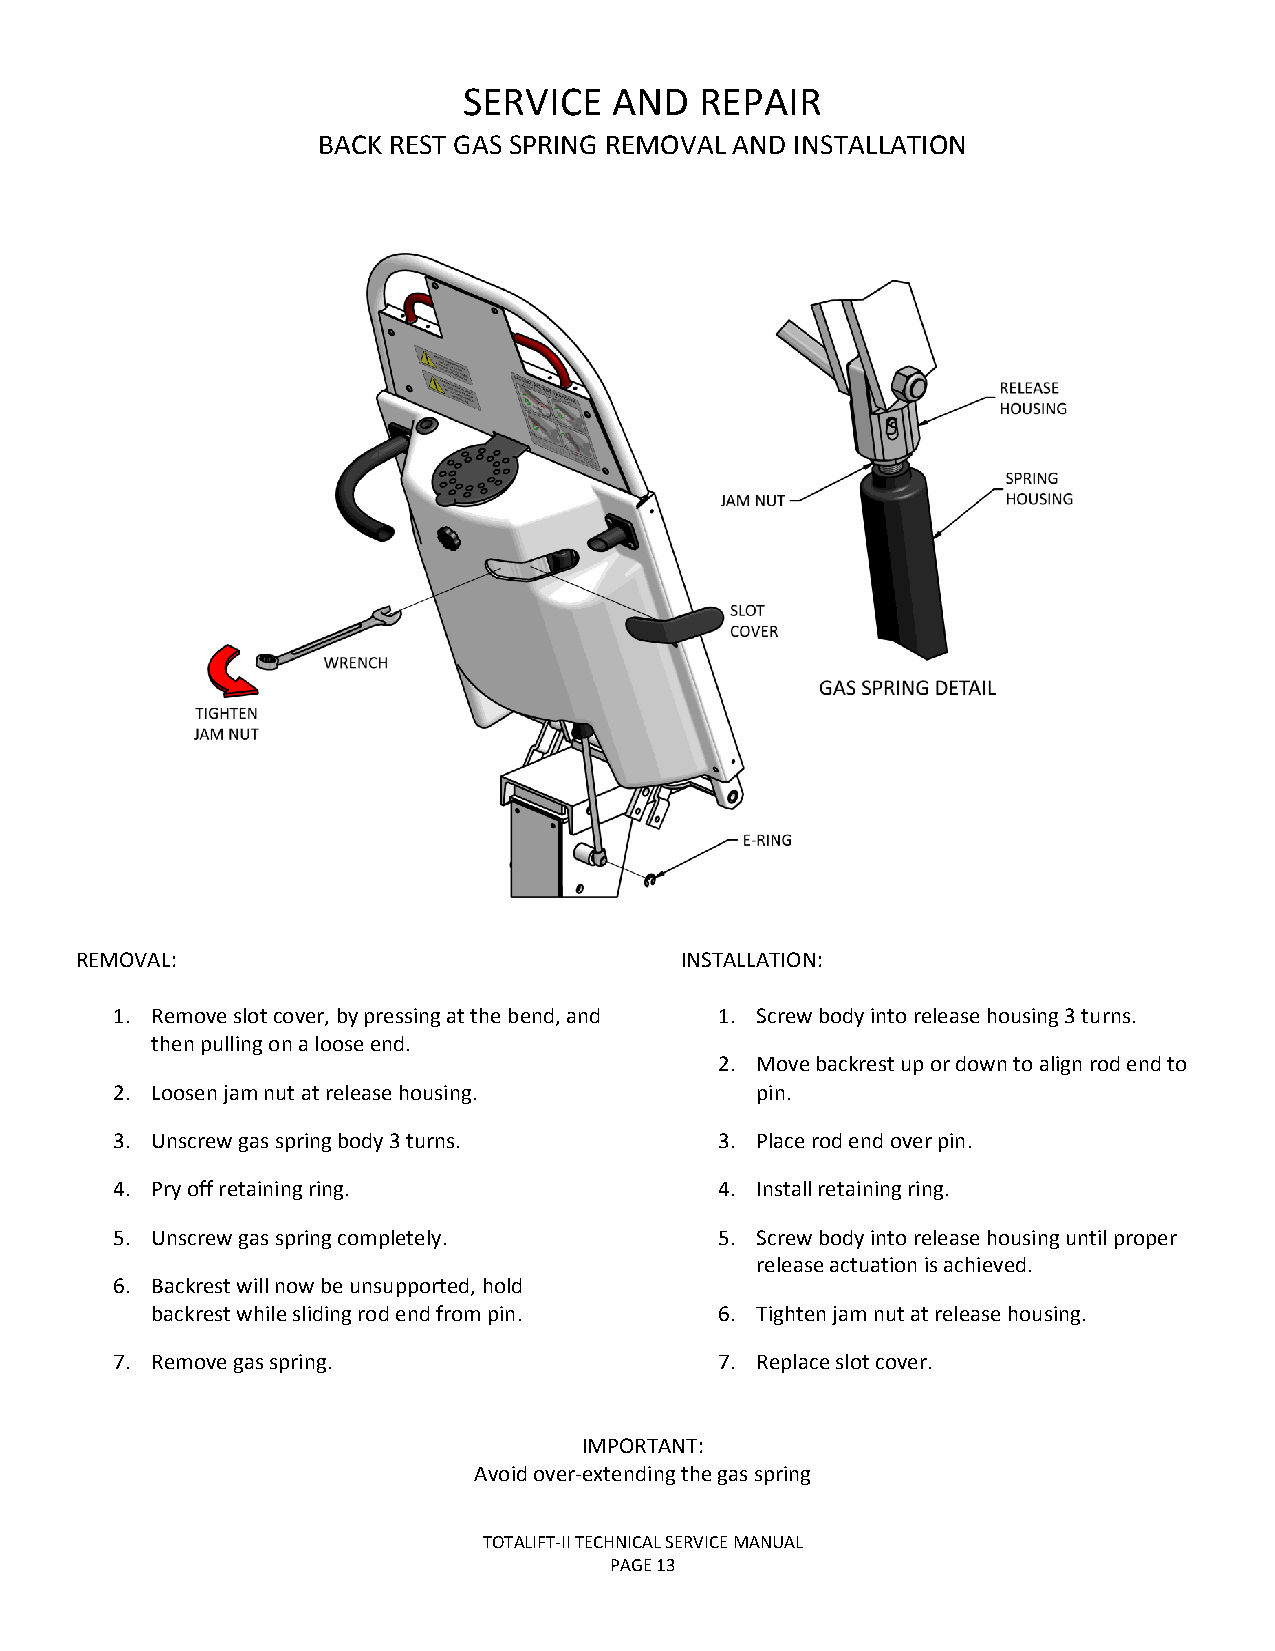
SERVICE   AND  REPAIR
 BACK REST GAS SPRING REMOVAL AND INSTALLATION
 REMOVAL:                                INSTALLATION:
 1. Remove slot cover, by pressing at the bend, and 1. Screw body into release housing 3 turns.
 then pulling on a loose end.
 2. Move backrest up or down to align rod end to
 2. Loosen jam nut at release housing.     pin.
 3. Unscrew gas spring body 3 turns.     3. Place rod end over pin.
 4. Pry off retaining ring.              4. Install retaining ring.
 5. Unscrew gas spring completely.       5. Screw body into release housing until proper
 release actuation is achieved.
 6. Backrest will now be unsupported, hold
 backrest while sliding rod end from pin. 6. Tighten jam nut at release housing.
 7. Remove gas spring.                   7. Replace slot cover.
 IMPORTANT:
 Avoid over-extending the gas spring
 TOTALIFT-II TECHNICAL SERVICE MANUAL
 PAGE 13